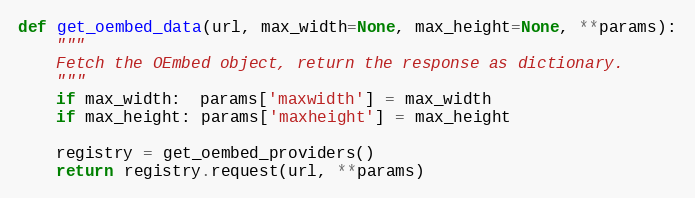
Language: Python
def get_oembed_data(url, max_width=None, max_height=None, **params):
    """
    Fetch the OEmbed object, return the response as dictionary.
    """
    if max_width:  params['maxwidth'] = max_width
    if max_height: params['maxheight'] = max_height

    registry = get_oembed_providers()
    return registry.request(url, **params)